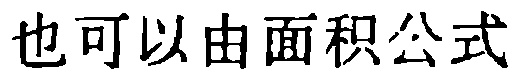
也可以由面积公式